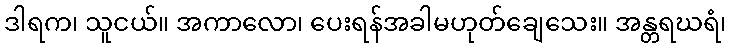
ဒါရက၊ သူငယ်။ အကာလော၊ ပေးရန်အခါမဟုတ်ချေသေး။ အန္တရဃရံ၊